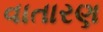
વાતારણ